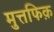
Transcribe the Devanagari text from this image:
मुत्तफिक़